DOW-UAP-D63, Mission Report, Strait of Hormuz, October 2020
Agency: Department of War
Incident date: 10/1/20
Incident location: Strait of Hormuz
Page 6
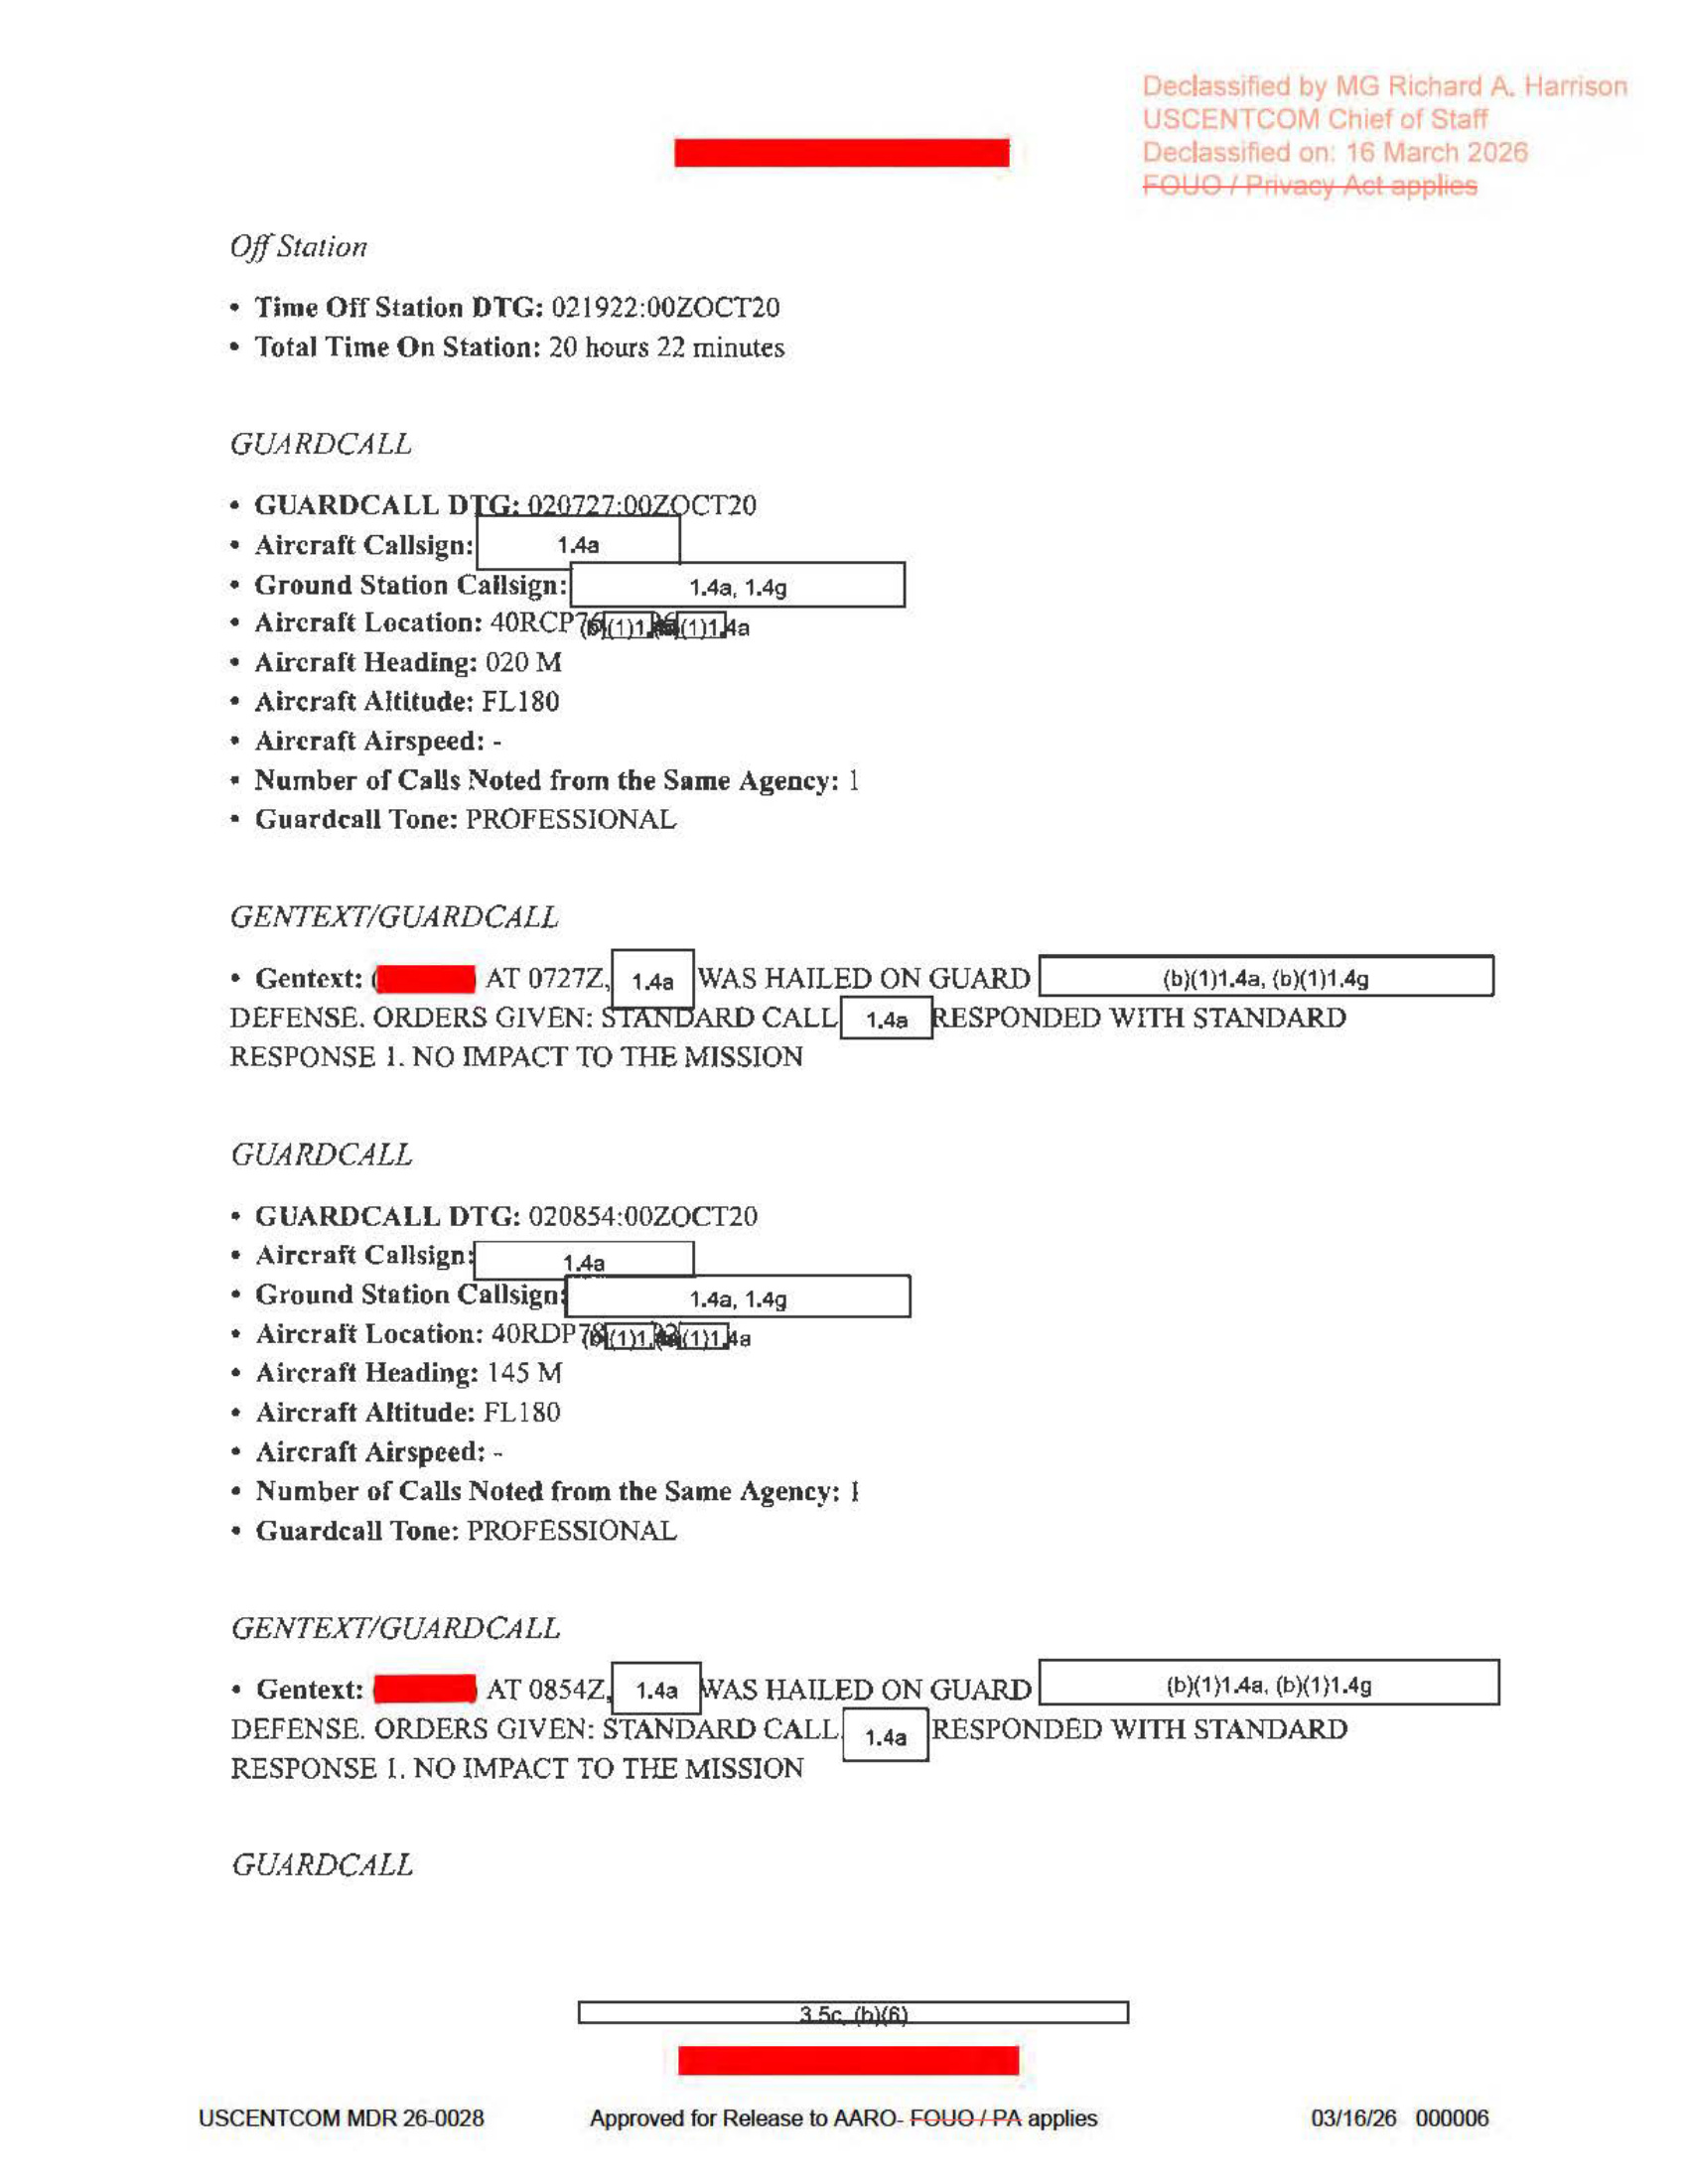